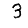
Digit: 3